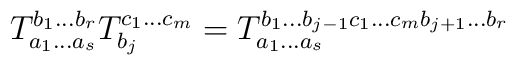
T_{a_1 \ldots a_s}^{b_1 \ldots b_r}T_{b_j}^{c_1    \ldots c_m} = T_{a_1 \ldots a_s}^{b_1 \ldots b_{j-1} c_1 \ldots c_m b_{j+1}    \ldots b_r}